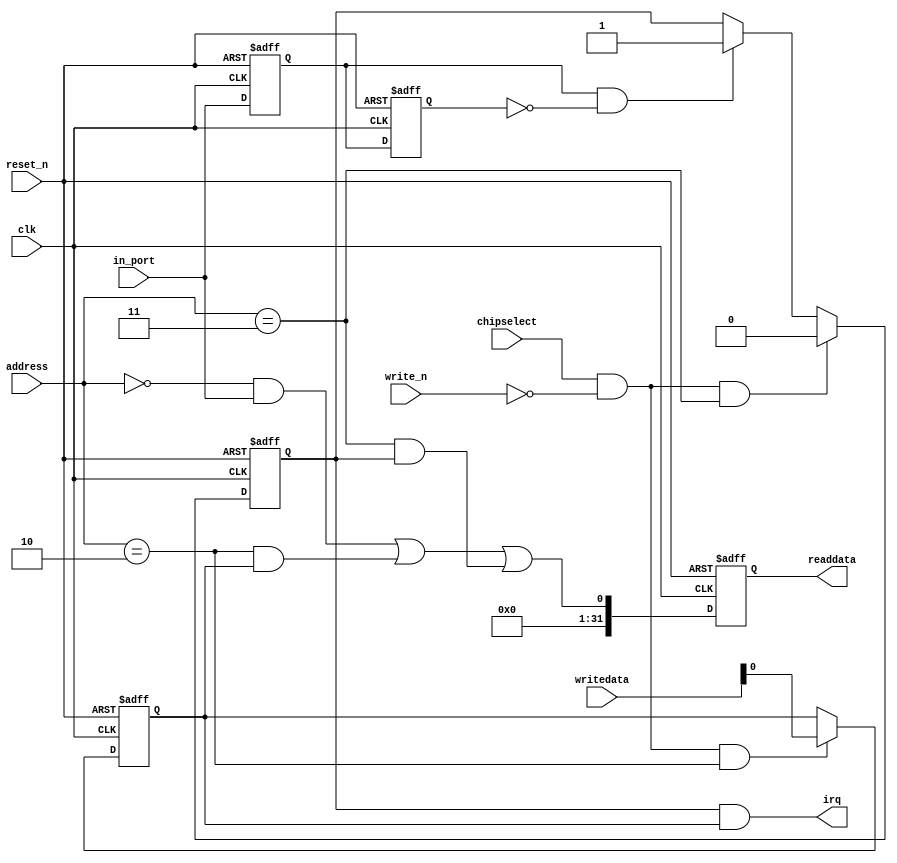
//Legal Notice: (C)2019 Altera Corporation. All rights reserved.  Your
//use of Altera Corporation's design tools, logic functions and other
//software and tools, and its AMPP partner logic functions, and any
//output files any of the foregoing (including device programming or
//simulation files), and any associated documentation or information are
//expressly subject to the terms and conditions of the Altera Program
//License Subscription Agreement or other applicable license agreement,
//including, without limitation, that your use is for the sole purpose
//of programming logic devices manufactured by Altera and sold by Altera
//or its authorized distributors.  Please refer to the applicable
//agreement for further details.

// synthesis translate_off
`timescale 1ns / 1ps
// synthesis translate_on

// turn off superfluous verilog processor warnings 
// altera message_level Level1 
// altera message_off 10034 10035 10036 10037 10230 10240 10030 

module TR5_QSYS_sii9678_int (
                              // inputs:
                               address,
                               chipselect,
                               clk,
                               in_port,
                               reset_n,
                               write_n,
                               writedata,

                              // outputs:
                               irq,
                               readdata
                            )
;

  output           irq;
  output  [ 31: 0] readdata;
  input   [  1: 0] address;
  input            chipselect;
  input            clk;
  input            in_port;
  input            reset_n;
  input            write_n;
  input   [ 31: 0] writedata;


wire             clk_en;
reg              d1_data_in;
reg              d2_data_in;
wire             data_in;
reg              edge_capture;
wire             edge_capture_wr_strobe;
wire             edge_detect;
wire             irq;
reg              irq_mask;
wire             read_mux_out;
reg     [ 31: 0] readdata;
  assign clk_en = 1;
  //s1, which is an e_avalon_slave
  assign read_mux_out = ({1 {(address == 0)}} & data_in) |
    ({1 {(address == 2)}} & irq_mask) |
    ({1 {(address == 3)}} & edge_capture);

  always @(posedge clk or negedge reset_n)
    begin
      if (reset_n == 0)
          readdata <= 0;
      else if (clk_en)
          readdata <= {32'b0 | read_mux_out};
    end


  assign data_in = in_port;
  always @(posedge clk or negedge reset_n)
    begin
      if (reset_n == 0)
          irq_mask <= 0;
      else if (chipselect && ~write_n && (address == 2))
          irq_mask <= writedata;
    end


  assign irq = |(edge_capture & irq_mask);
  assign edge_capture_wr_strobe = chipselect && ~write_n && (address == 3);
  always @(posedge clk or negedge reset_n)
    begin
      if (reset_n == 0)
          edge_capture <= 0;
      else if (clk_en)
          if (edge_capture_wr_strobe)
              edge_capture <= 0;
          else if (edge_detect)
              edge_capture <= -1;
    end


  always @(posedge clk or negedge reset_n)
    begin
      if (reset_n == 0)
        begin
          d1_data_in <= 0;
          d2_data_in <= 0;
        end
      else if (clk_en)
        begin
          d1_data_in <= data_in;
          d2_data_in <= d1_data_in;
        end
    end


  assign edge_detect = d1_data_in & ~d2_data_in;

endmodule